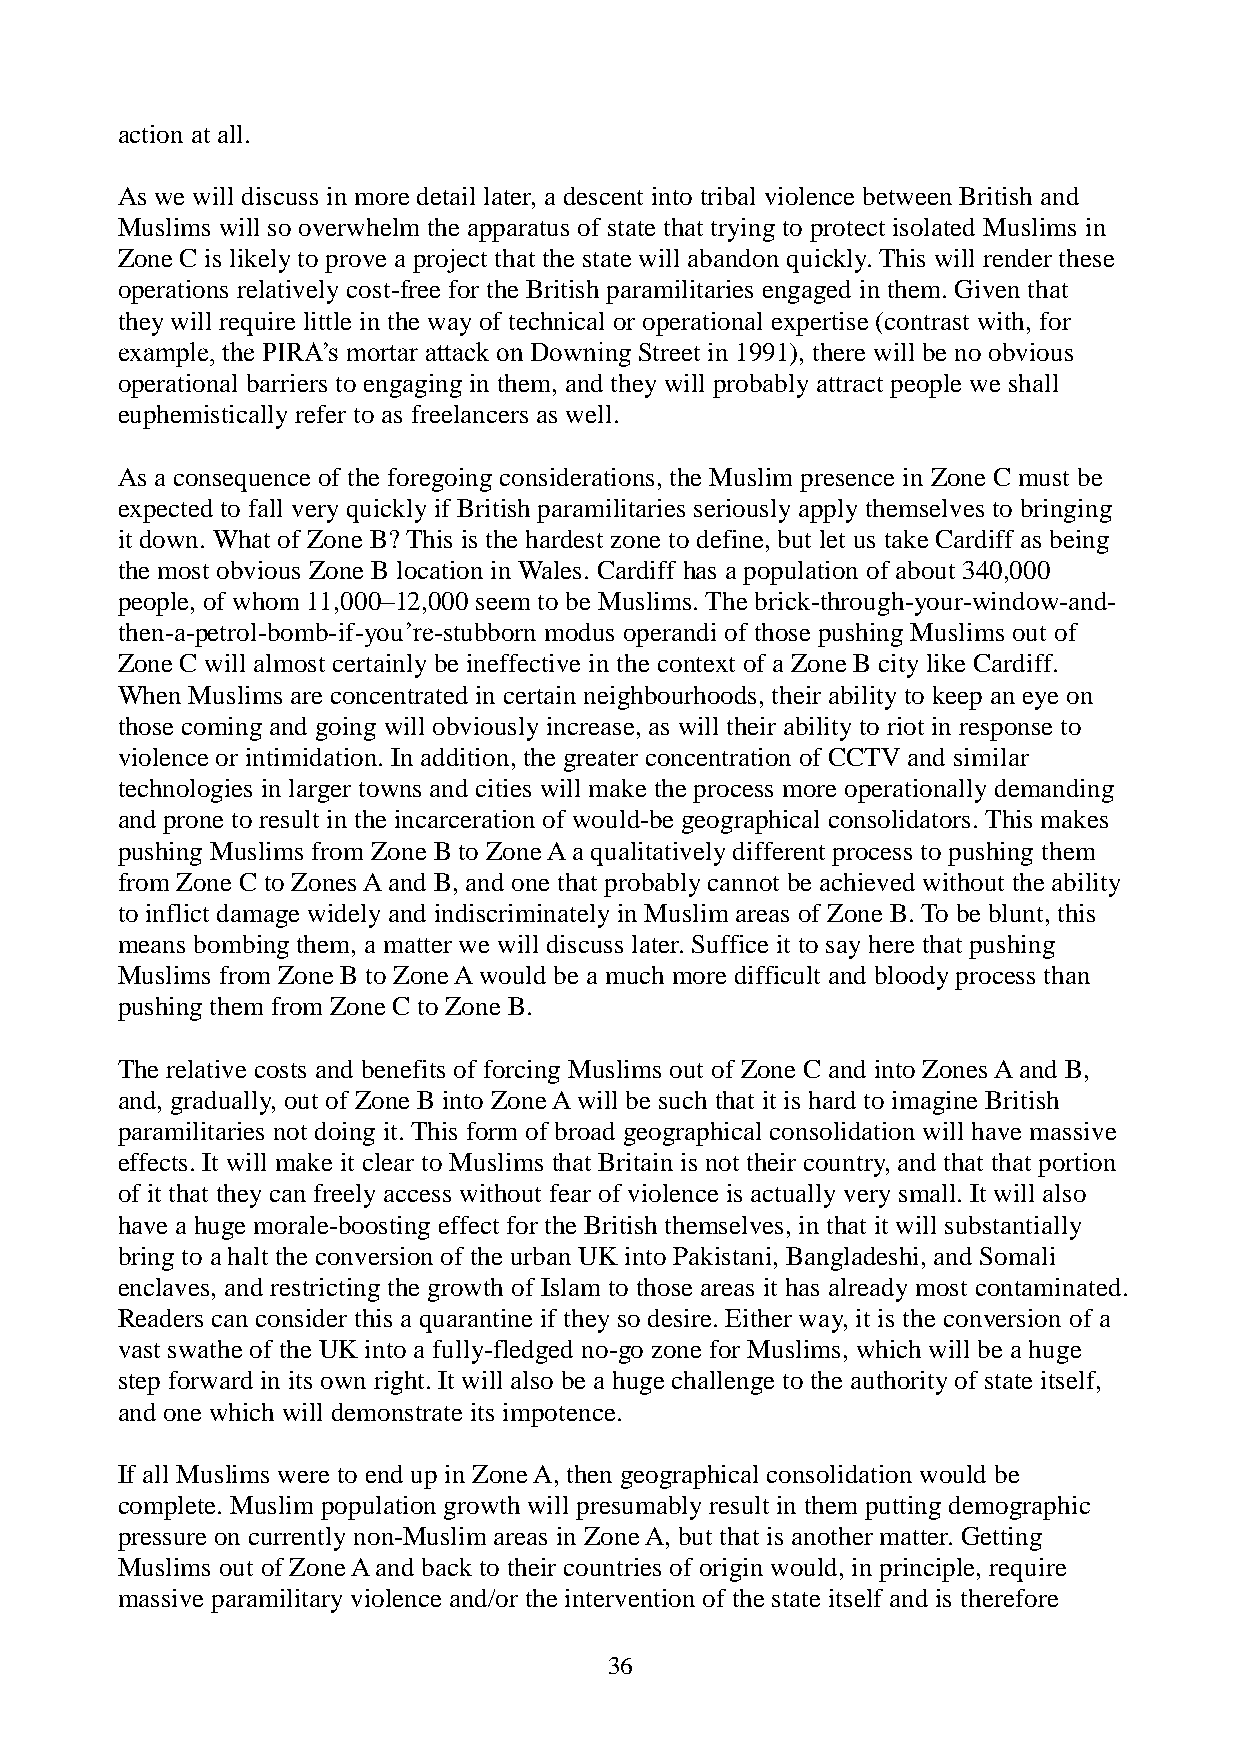
action at all.
 As we will discuss in more detail later, a descent into tribal violence between British and
 Muslims will so overwhelm the apparatus of state that trying to protect isolated Muslims in
 Zone C is likely to prove a project that the state will abandon quickly. This will render these
 operations relatively cost-free for the British paramilitaries engaged in them. Given that
 they will require little in the way of technical or operational expertise (contrast with, for
 example, the PIRA’s mortar attack on Downing Street in 1991), there will be no obvious
 operational barriers to engaging in them, and they will probably attract people we shall
 euphemistically refer to as freelancers as well.
 As a consequence of the foregoing considerations, the Muslim presence in Zone C must be
 expected to fall very quickly if British paramilitaries seriously apply themselves to bringing
 it down. What of Zone B? This is the hardest zone to define, but let us take Cardiff as being
 the most obvious Zone B location in Wales. Cardiff has a population of about 340,000
 people, of whom 11,000–12,000 seem to be Muslims. The brick-through-your-window-and-
 then-a-petrol-bomb-if-you’re-stubborn modus operandi of those pushing Muslims out of
 Zone C will almost certainly be ineffective in the context of a Zone B city like Cardiff.
 When Muslims are concentrated in certain neighbourhoods, their ability to keep an eye on
 those coming and going will obviously increase, as will their ability to riot in response to
 violence or intimidation. In addition, the greater concentration of CCTV and similar
 technologies in larger towns and cities will make the process more operationally demanding
 and prone to result in the incarceration of would-be geographical consolidators. This makes
 pushing Muslims from Zone B to Zone A a qualitatively different process to pushing them
 from Zone C to Zones A and B, and one that probably cannot be achieved without the ability
 to inflict damage widely and indiscriminately in Muslim areas of Zone B. To be blunt, this
 means bombing them, a matter we will discuss later. Suffice it to say here that pushing
 Muslims from Zone B to Zone A would be a much more difficult and bloody process than
 pushing them from Zone C to Zone B.
 The relative costs and benefits of forcing Muslims out of Zone C and into Zones A and B,
 and, gradually, out of Zone B into Zone A will be such that it is hard to imagine British
 paramilitaries not doing it. This form of broad geographical consolidation will have massive
 effects. It will make it clear to Muslims that Britain is not their country, and that that portion
 of it that they can freely access without fear of violence is actually very small. It will also
 have a huge morale-boosting effect for the British themselves, in that it will substantially
 bring to a halt the conversion of the urban UK into Pakistani, Bangladeshi, and Somali
 enclaves, and restricting the growth of Islam to those areas it has already most contaminated.
 Readers can consider this a quarantine if they so desire. Either way, it is the conversion of a
 vast swathe of the UK into a fully-fledged no-go zone for Muslims, which will be a huge
 step forward in its own right. It will also be a huge challenge to the authority of state itself,
 and one which will demonstrate its impotence.
 If all Muslims were to end up in Zone A, then geographical consolidation would be
 complete. Muslim population growth will presumably result in them putting demographic
 pressure on currently non-Muslim areas in Zone A, but that is another matter. Getting
 Muslims out of Zone A and back to their countries of origin would, in principle, require
 massive paramilitary violence and/or the intervention of the state itself and is therefore
 36